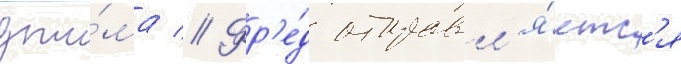
джи́ма // Фр'е́д отправл'я́етс'я